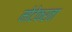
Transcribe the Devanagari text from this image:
मोटेकरता